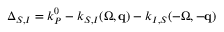
\Delta _ { S , I } = k _ { P } ^ { 0 } - k _ { S , I } ( \Omega , { \bf q } ) - k _ { I , S } ( - \Omega , - { \bf q } )